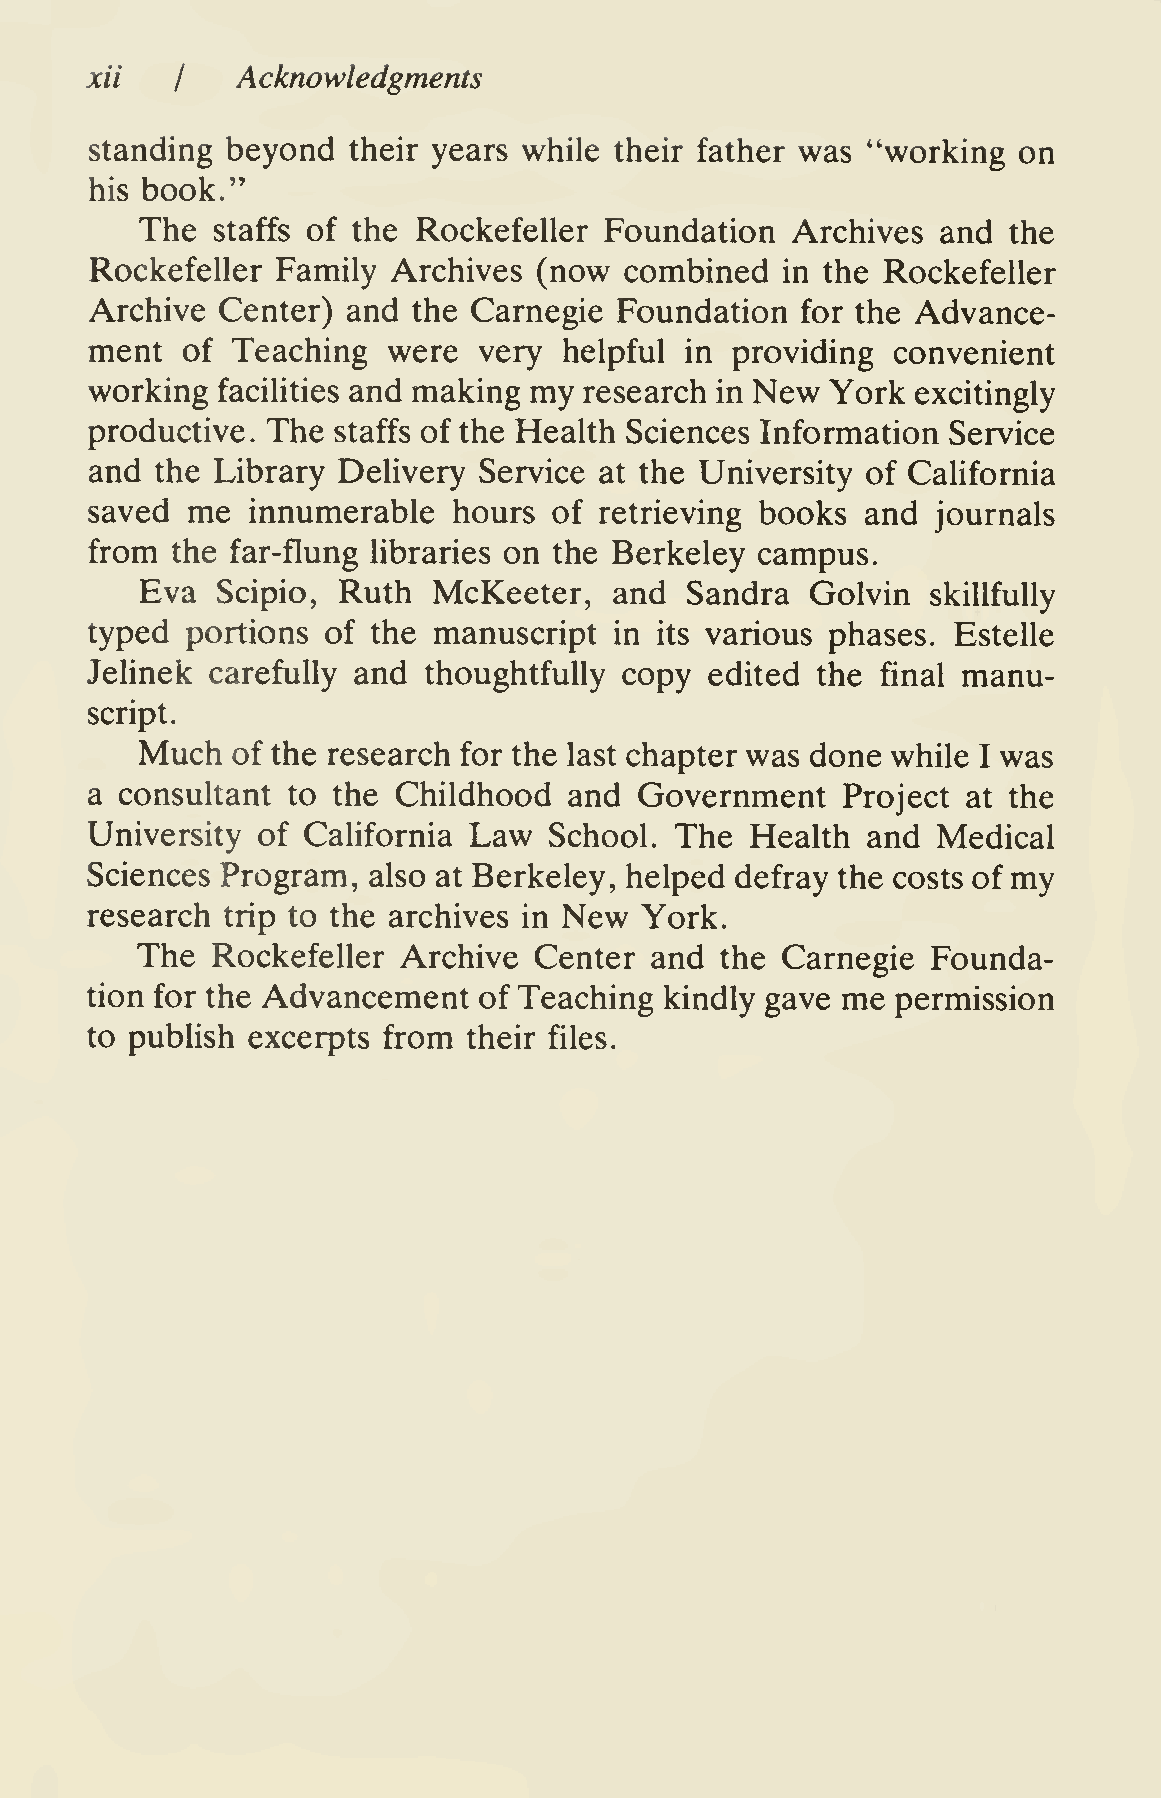
Acknowledgments
 xii   I
 standing beyond  their years while their father was "working on
 his book."
 The  staffs of the Rockefeller Foundation  Archives  and  the
 Rockefeller Family  Archives  (now combined   in the Rockefeller
 Archive  Center) and the Carnegie  Foundation  for the Advance-
 ment  of Teaching   were  very helpful in providing  convenient
 working facilities and making my research in New York  excitingly
 productive. The staffs of the Health Sciences Information Service
 and the Library Delivery  Service at the University of California
 saved me  innumerable   hours  of retrieving books and  journals
 from the far-flung libraries on the Berkeley campus.
 Eva  Scipio, Ruth   McKeeter,   and Sandra   Golvin  skillfully
 typed portions  of the manuscript  in its various phases. Estelle
 Jelinek carefully and thoughtfully copy  edited the final manu-
 script.
 Much  of the research for the last chapter was done while I was
 a consultant to the Childhood   and Government    Project at the
 University of California Law  School.  The  Health and  Medical
 Sciences Program, also at Berkeley, helped defray the costs of my
 New
 research trip to the archives in    York.
 The  Rockefeller Archive  Center  and  the Carnegie  Founda-
 tion for the Advancement  of Teaching kindly gave me permission
 to publish excerpts from their files.